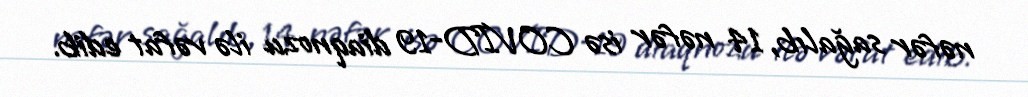
nəfər sağalıb, 14 nəfər isə COVID-19 diaqnozu ilə vəfat edib.